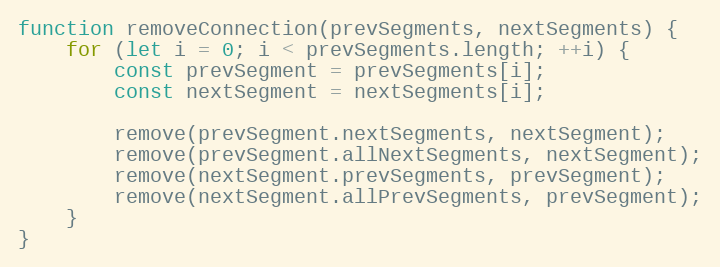
Language: JavaScript
function removeConnection(prevSegments, nextSegments) {
    for (let i = 0; i < prevSegments.length; ++i) {
        const prevSegment = prevSegments[i];
        const nextSegment = nextSegments[i];

        remove(prevSegment.nextSegments, nextSegment);
        remove(prevSegment.allNextSegments, nextSegment);
        remove(nextSegment.prevSegments, prevSegment);
        remove(nextSegment.allPrevSegments, prevSegment);
    }
}